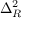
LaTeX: \Delta _ { R } ^ { 2 }